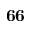
\mathbf { 6 6 }